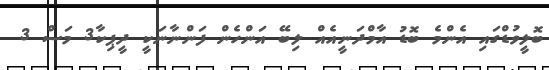
ބޮލީވުޑްގައި އެންމެ ބޮޑު އާމްދަނީއެއް ލިބޭ އަންހެން ފަންނާނަކީ ދީޕިކާ3 މަސް 3